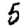
Digit: 5